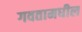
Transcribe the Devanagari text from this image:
गवतामधील